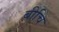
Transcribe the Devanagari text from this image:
बीचि